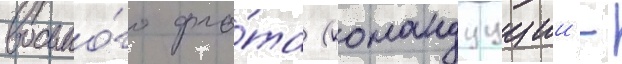
восьмо́го фло́та (командуущии -